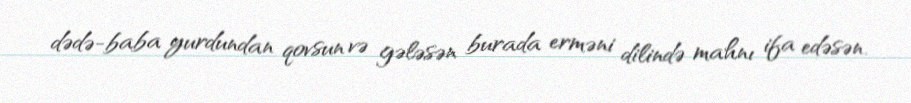
dədə-baba yurdundan qovsun və gələsən burada erməni dilində mahnı ifa edəsən.